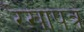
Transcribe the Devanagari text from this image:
रेखापत्र